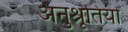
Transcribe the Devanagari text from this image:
अनुश्रूतियों